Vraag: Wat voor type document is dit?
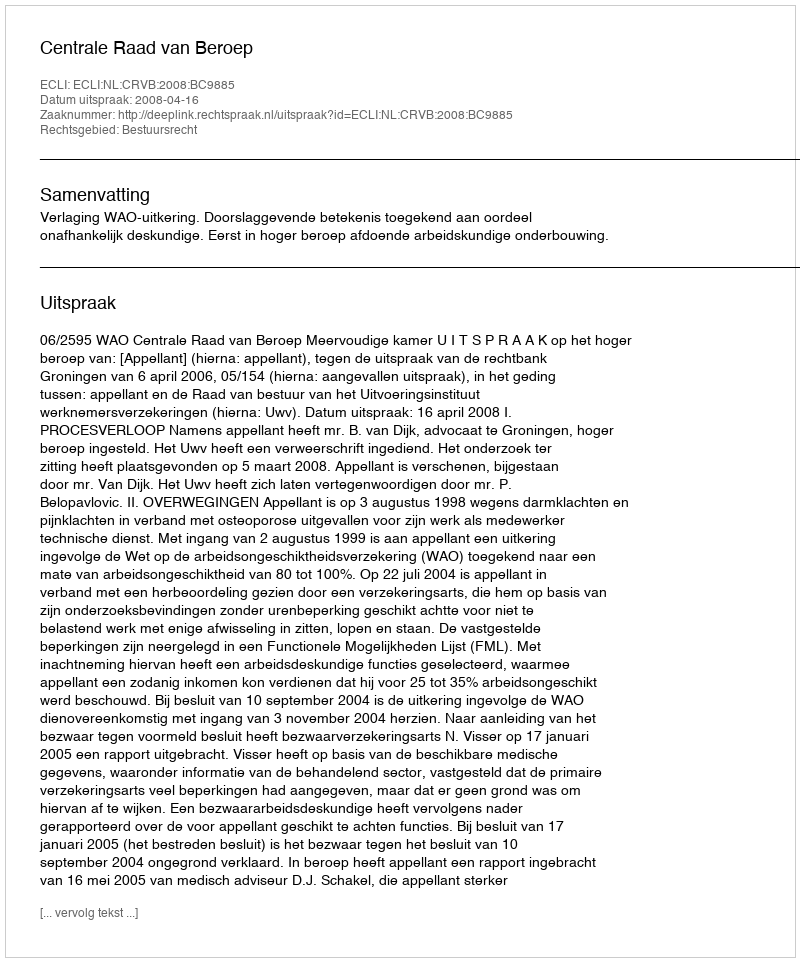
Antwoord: Uitspraak